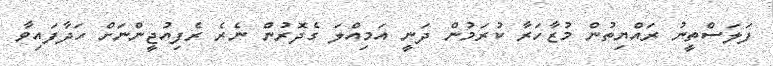
ފަލަސްތީނު ރައްޔިތުން މުޒާހަރާ ކުރަމުން ދަނީ އަމިއްލަ ގެދޮރުން ނެރެ ރެފިއުޖީންނަށް ހަދާފައިވާ